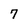
Character: 7